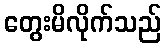
တွေးမိလိုက်သည်